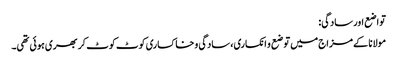
تواضع اور سادگی:
مولانا کے مزاج میں توضع و انکساری، سادگی و خاکساری کوٹ کوٹ کر بھری ہوئی تھی۔